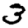
Digit: 3